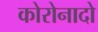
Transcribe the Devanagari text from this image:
कोरोनादो